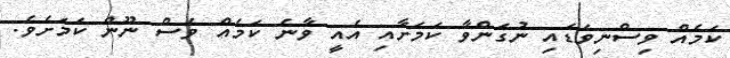
ކަމެއް ވިސްނިވަޑައި ނުގަންވާ ކަމަށާއި އެއީ ވާނެ ކަމެއް ވެސް ނޫން ކަމަށެވެ.